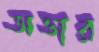
অভার